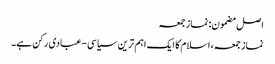
اصل مضمون: نماز جمعہ
نماز جمعہ، اسلام کا ایک اہم ترین سیاسی-عبادی رکن ہے۔